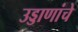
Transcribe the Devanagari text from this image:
उड्डाणांचे